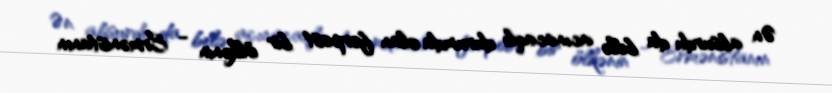
Ən absurdu da belə acınacaqlı durumda olan forpost bir ölkənin - Ermənistanın